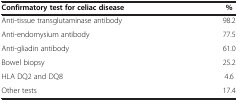
<table><thead><tr><td><b>Confirmatory test for celiac disease</b></td><td><b>%</b></td></tr></thead><tbody><tr><td>Anti-tissue transglutaminase antibody</td><td>98.2</td></tr><tr><td>Anti-endomysium antibody</td><td>77.5</td></tr><tr><td>Anti-gliadin antibody</td><td>61.0</td></tr><tr><td>Bowel biopsy</td><td>25.2</td></tr><tr><td>HLA DQ2 and DQ8</td><td>4.6</td></tr><tr><td>Other tests</td><td>17.4</td></tr></tbody></table>